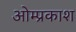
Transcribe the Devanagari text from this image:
ओम्प्रकाश